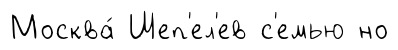
Москва́ Шеп'ел'ев с'емью но